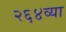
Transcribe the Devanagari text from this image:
२६४व्या